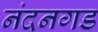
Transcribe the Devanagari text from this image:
नंदनगड